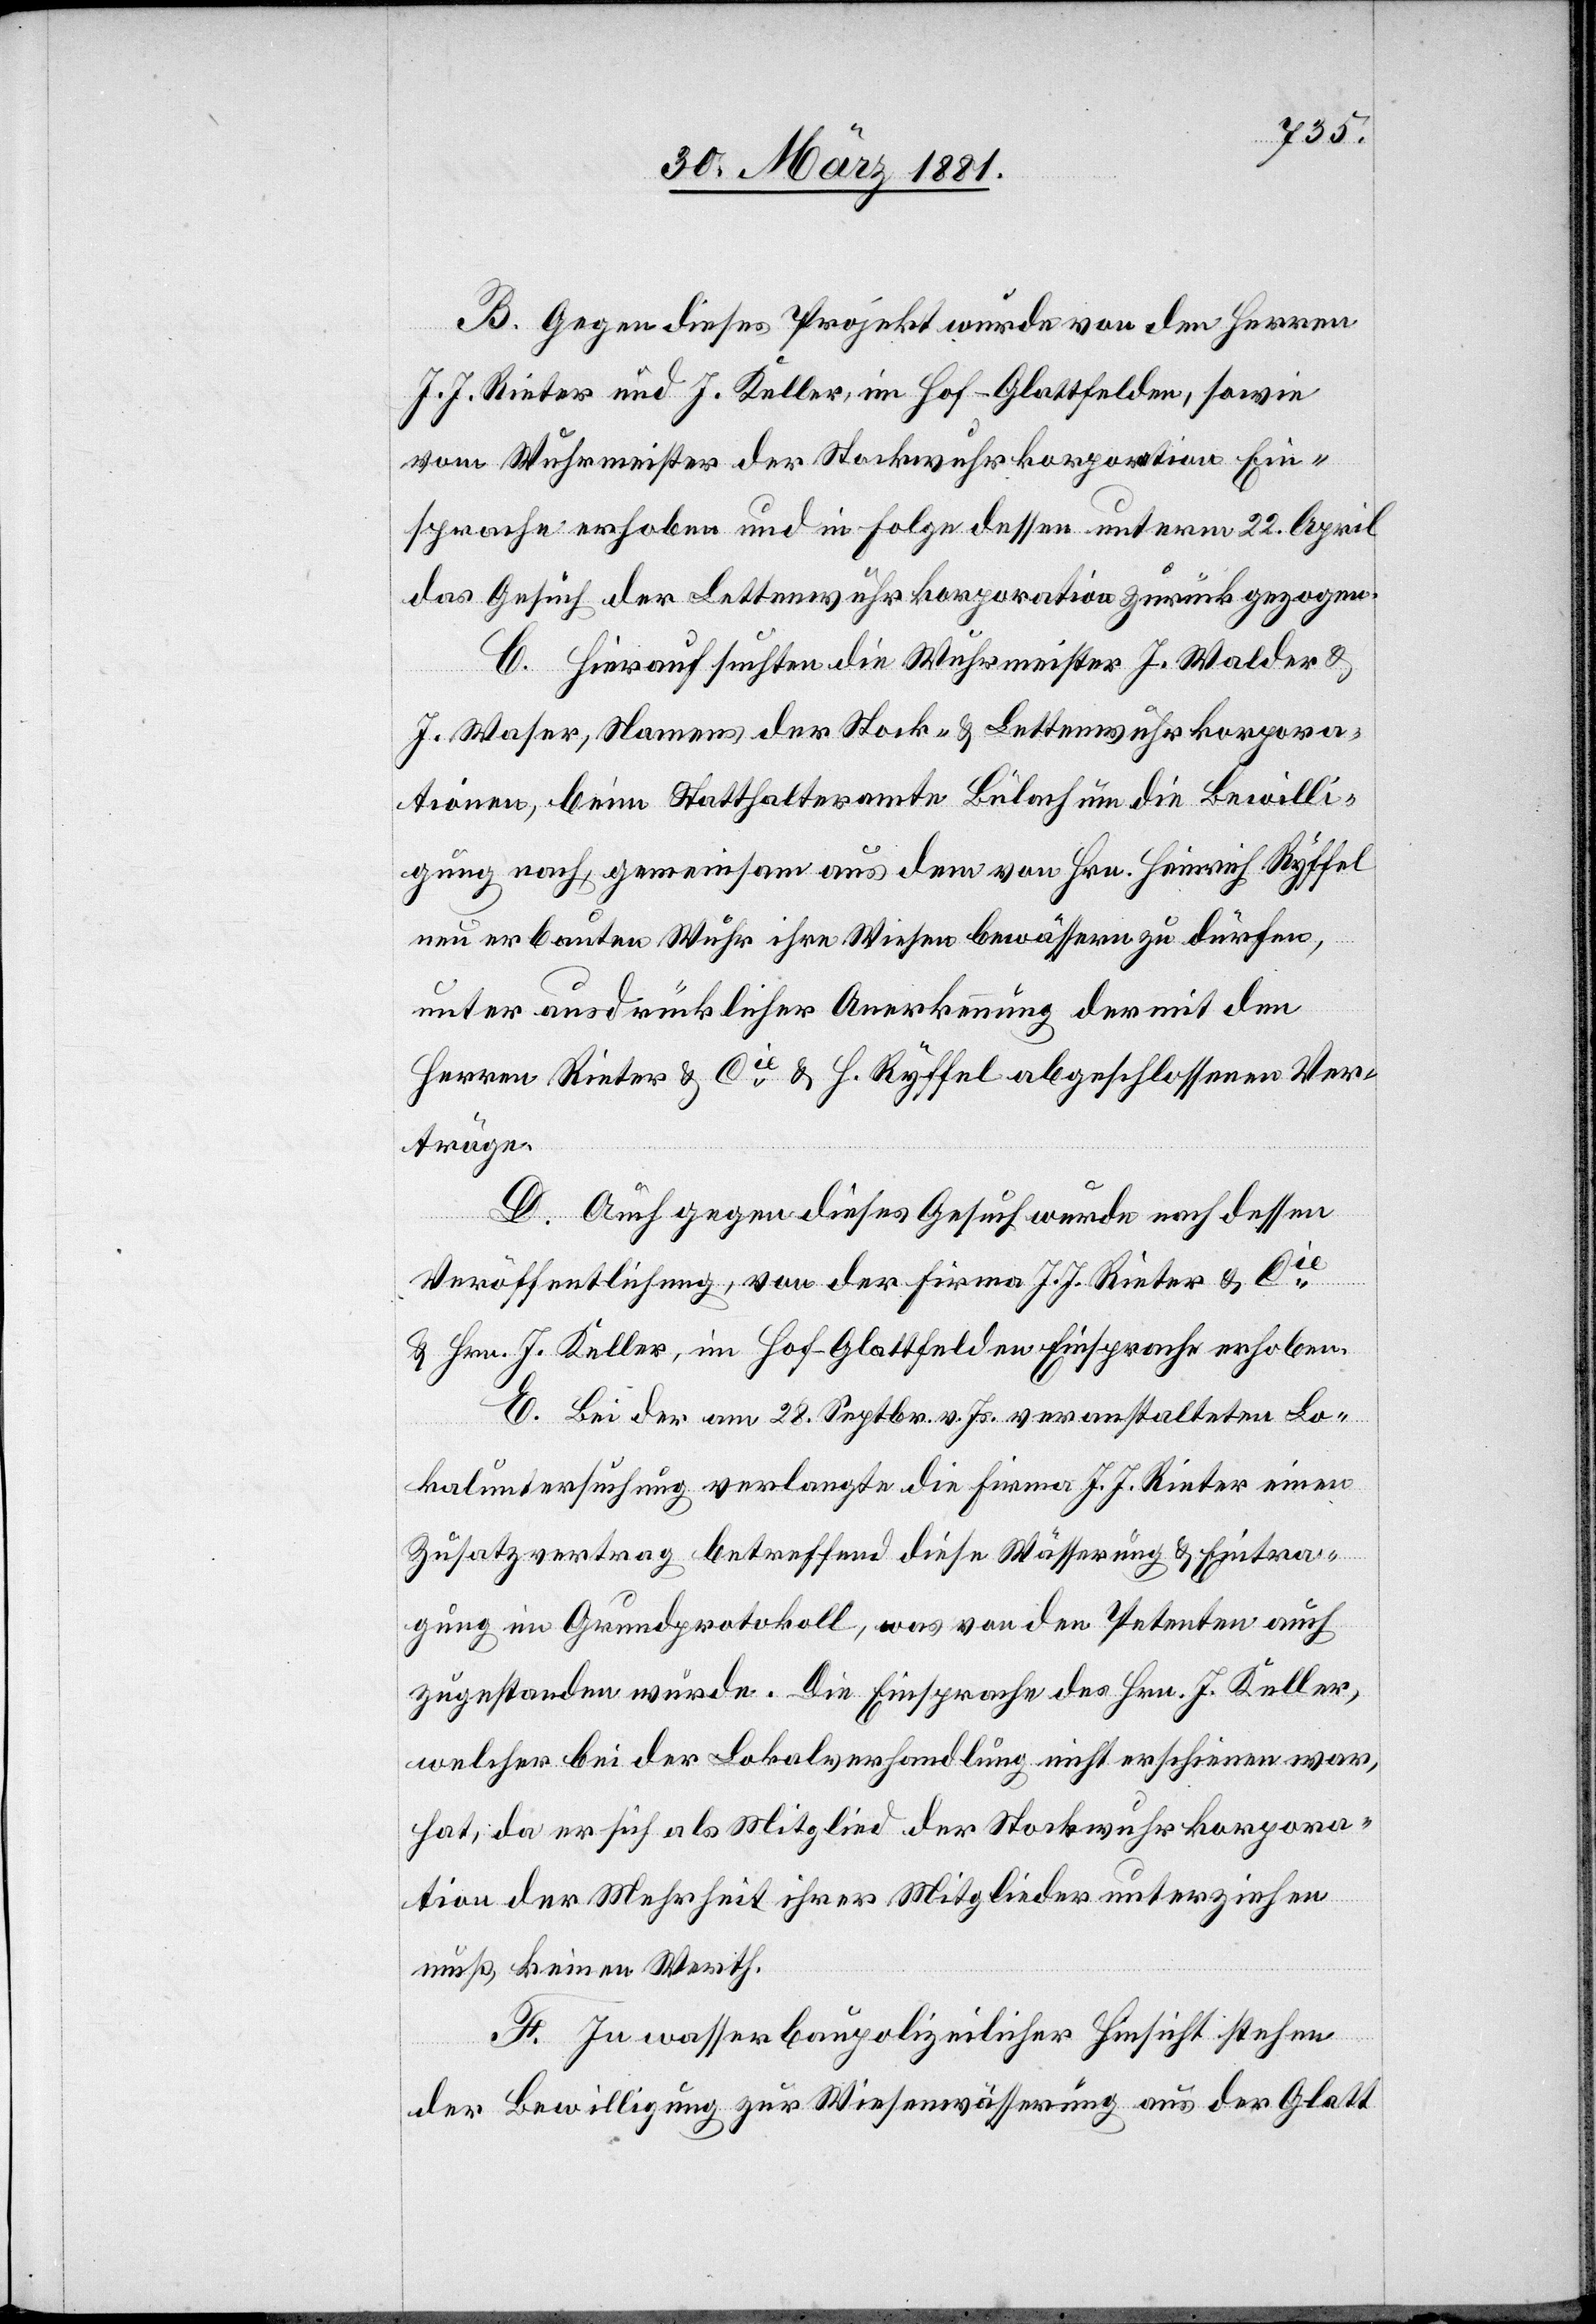
B. Gegen dieses Projekt wurde von den Herren
J. J. Rieter und J. Keller, im Hof - Glattfelden, sowie
vom Wuhrmeister der Stockwuhrkorporation Ein¬
sprache erhoben und in Folge dessen unterm 22. April
das Gesuch der Lettenwuhrkorporation zurückgezogen.
C. Hierauf suchten die Wuhrmeister J. Walder &
J. Waser Namens der Stock- & Lettenwuhrkorpera¬
tionen, beim Statthalteramte Bülach um die Bewilli¬
gung nach, gemeinsam aus dem von Hrn. Heinrich Ryffel
neu erbauten Wuhr ihre Wiesen bewässern zu dürfen,
unter ausdrücklicher Anerkennung der mit den
Herren Rieter & Cie & H. Ryffel abgeschlossenen Ver¬
träge.
D. Auch gegen dieses Gesuch wurde nach dessen
Veröffentlichung, von der Firma J. J. Rieter & Cie
& Hrn. J. Keller, im Hof - Glattfelden Einsprache erhoben.
E. Bei der am 28. Septbr. v. Js. veranstalteten Lo¬
kaluntersuchung verlangte die Firma J. J. Rieter einen
Zusatzvertrag betreffend diese Wässerung & Eintra¬
gung im Grundprotokoll, was von den Petenten auch
zugestanden wurde. Die Einsprache des Hrn. J. Keller,
welcher bei der Lokalverhandlung nicht erschienen war,
hat, da er sich als Mitglied der Stockwuhrkorpora¬
tion der Mehrheit ihrer Mitglieder unterziehen
muß, keinen Werth.
F. In wasserbaupolizeilicher Hinsicht stehen
der Bewilligung zur Wiesenwässerung aus der Glatt